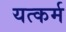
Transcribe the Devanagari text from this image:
यत्कर्म